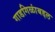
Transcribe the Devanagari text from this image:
गाडगिळांबद्दल